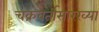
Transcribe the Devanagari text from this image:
चक्रवर्तीसारख्या